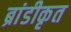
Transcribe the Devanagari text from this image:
ब्रांडीकृत